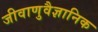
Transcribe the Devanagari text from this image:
जीवाणुवैज्ञानिक